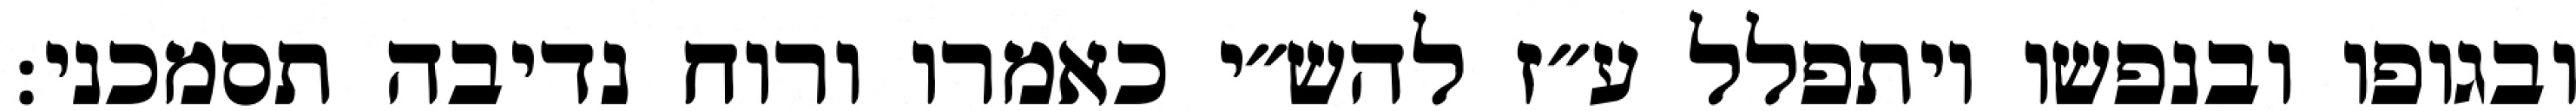
ובגופו ובנפשו ויתפלל ע״ז להש״י כאמרו ורוח נדיבה תסמכני: